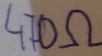
Text: 470Ω